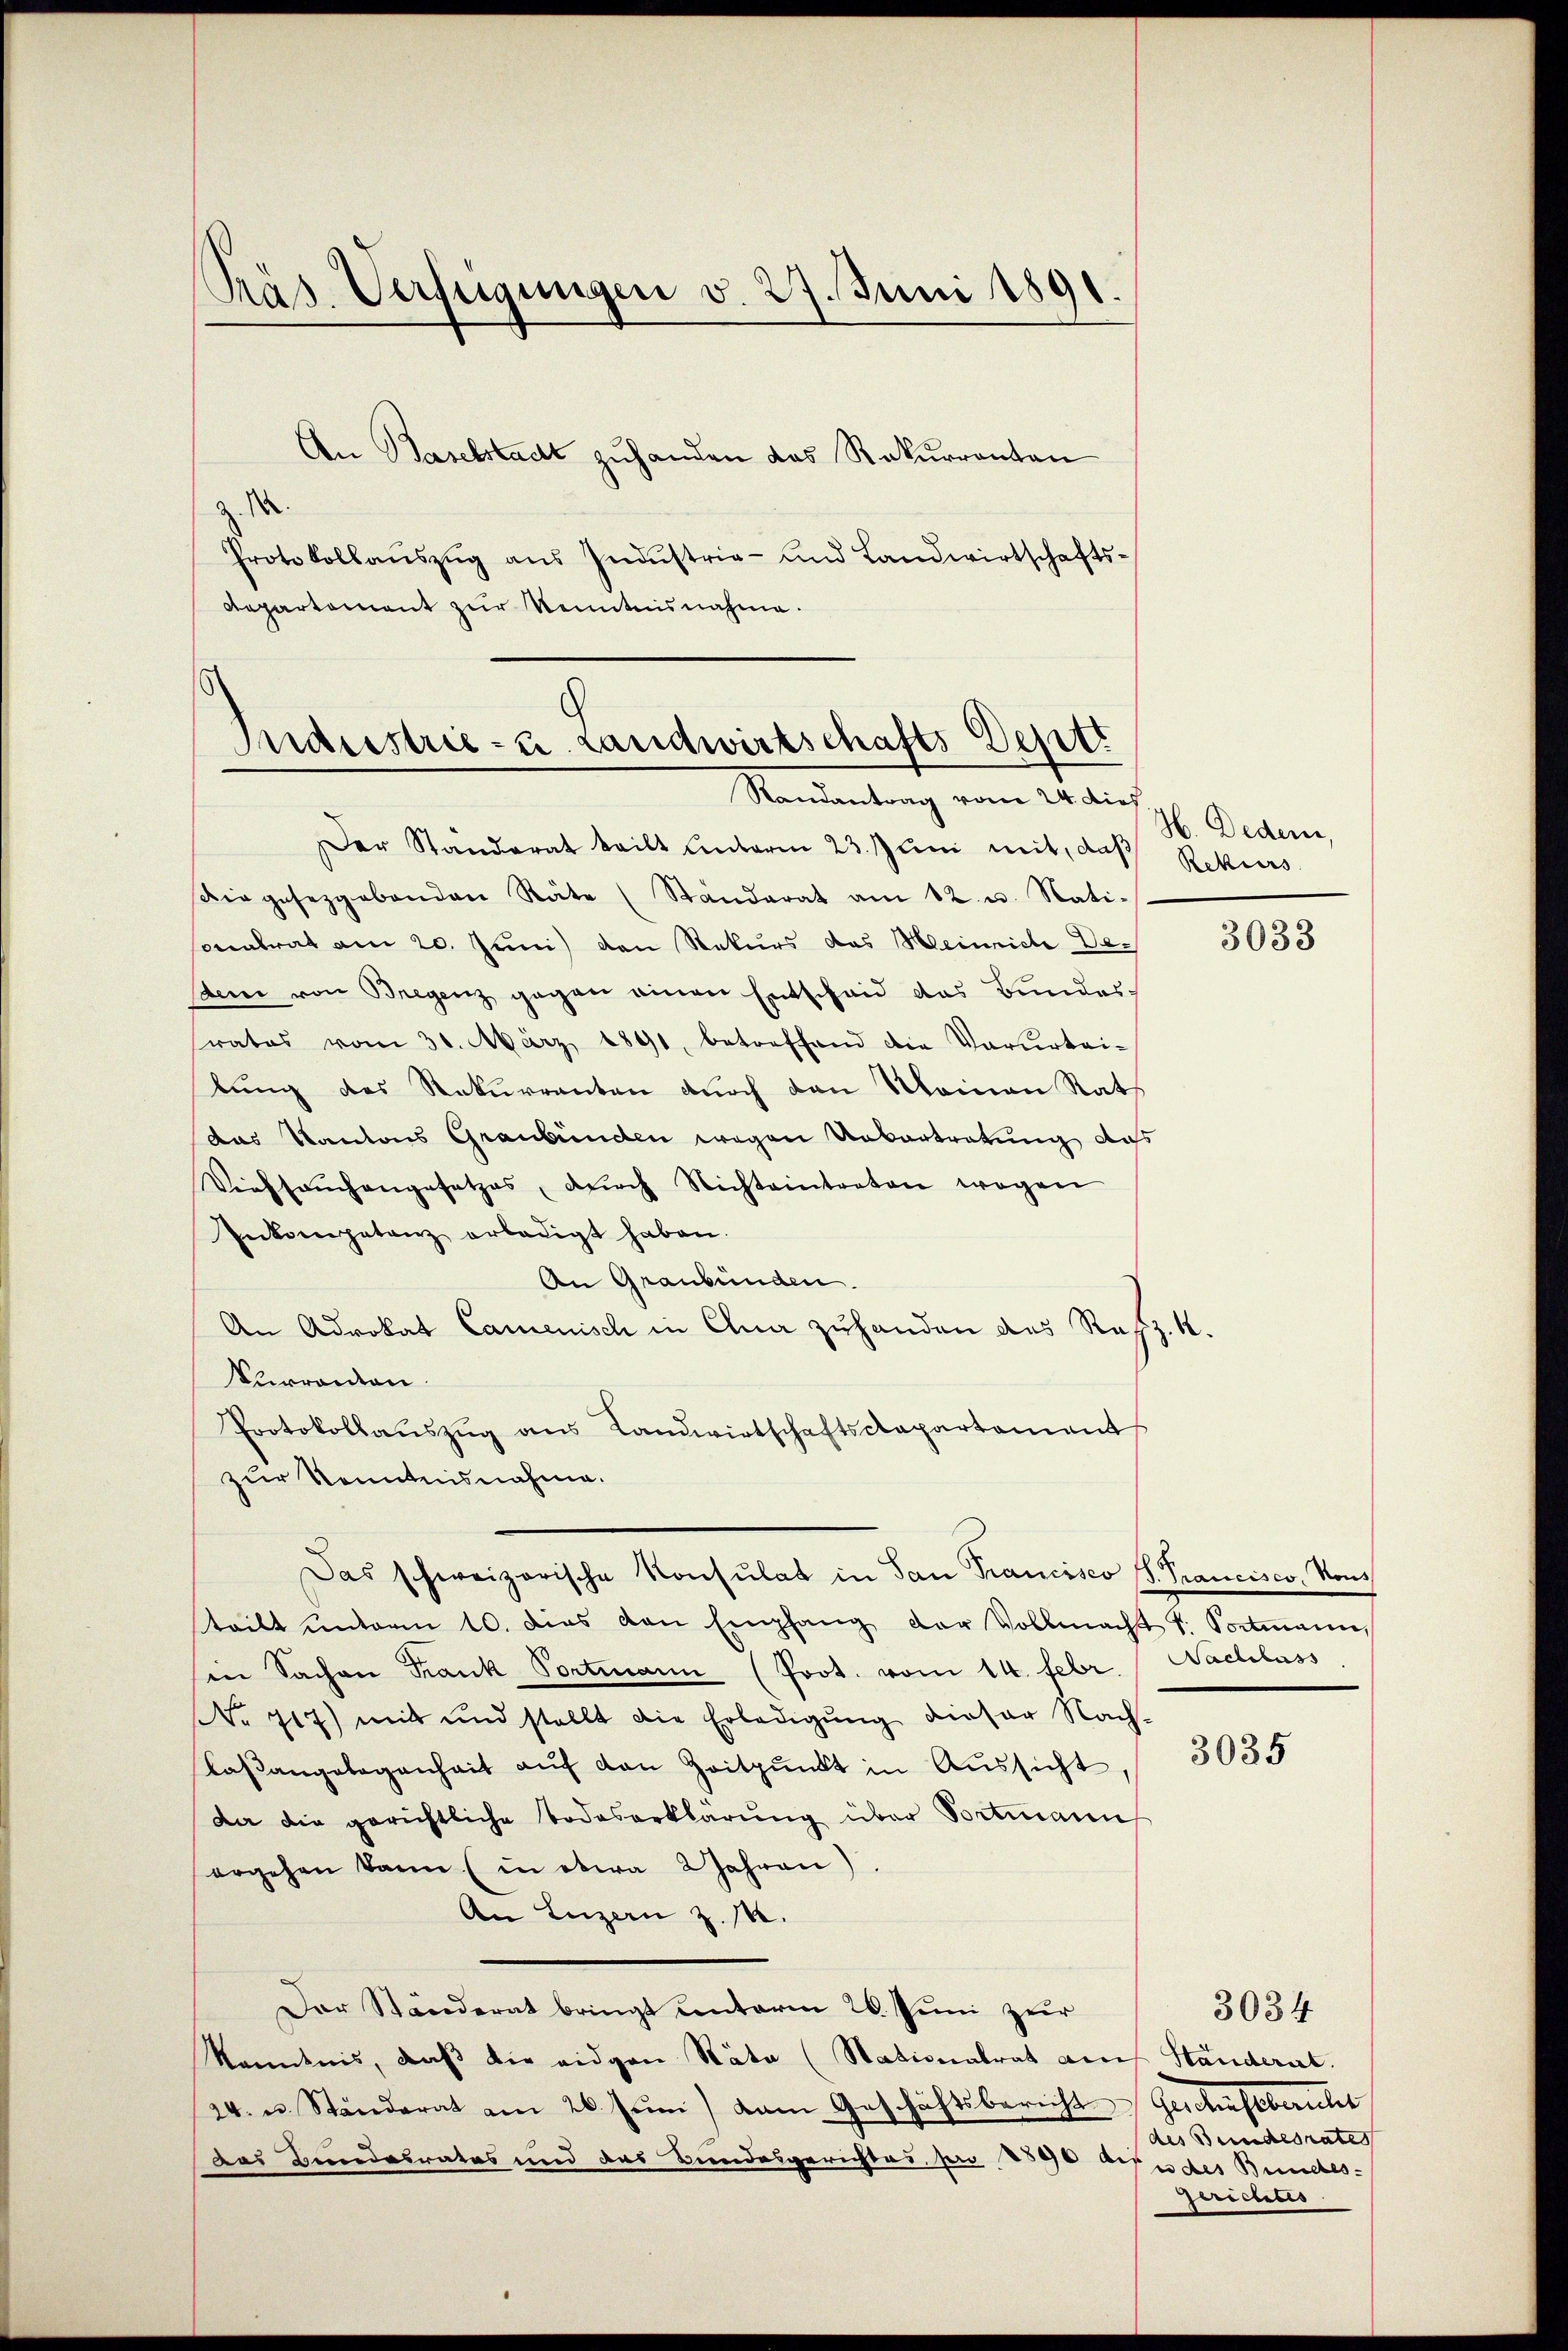
Präs. Verfügungen v. 27. Juni 1891.

An Baselstadt zuhanden das Rekurrenten
Protokollaŭszŭg ans Indŭstrie- und Landwirtschafts-
Repartement zur Kenntnisnahme.

Industrie- u. Landwirtschafts Depti
Randantrag vom 24 dies

Der Standerat teilt unterm 23. Juni mit, daß Rekurs
Diegesezgabanden Räte (Standerat am 12. u. Nati
Conalrat am 20. Juni den Rekurs das Meinrich Dedem von Bregenz gegen einen Entscheid das Bundes
rates vom 30. März 1891, betreffend die Vorurtei-
bung des Rekurrenten durch den Meinen Rats
das Kantons Graubünden wegen Uebertretung das
Viefsaŭchangesetzes, dŭrch Nichteintreten wegen
Inkompetenz erledigt haben.
An Graubünden.
An Advokat Camenisch in Cha zuhanden das Rez.
Kurranten.
Protokollaŭszŭg ans Landwirtschaftskapartement
zur Kenntnisnahme.
Das schweizerische Konsulat in San Francisco (S. Prancisco, von
teilt unterm 10. dies von Empfang der Vollmacht v. Portmann
in Sachen Frank Portmann (Prot. vom 14. Febr.
No 717) mit und stellt die Erledigŭng dieser Nach-
Casangelegenheit aŭf den Zeitpunkt in Aussicht,
da die gerichtliche Todeserklärung über Portmann
ergehen kann (in etwa 2 Jahren)
An Luzern z. M.
Der Ständerat bringt unterm 26. Juni zur
Kenntnis, daß die eidgen Räte (Stationalrat auch Ständerat.
24. u. Ständerat am 26. sŭn) kam Geschäftsbericht Geschäftbericht
Das Bundesrates und das Bundesgerichtes pro 1890 dtudes Bundes¬

H. Dedem,

3033

Nachlass

3035

des Bundesrates
Gerichtes

3034